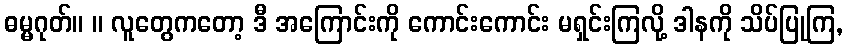
ဓမ္မဂုတ်။ ။ လူတွေကတော့ ဒီ အကြောင်းကို ကောင်းကောင်း မရှင်းကြလို့ ဒါနကို သိပ်ပြုကြ,